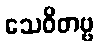
သေဝိတဗ္ဗ